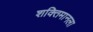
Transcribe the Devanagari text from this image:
शक्तिमानला